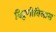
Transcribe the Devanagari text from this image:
विरूणीविलास